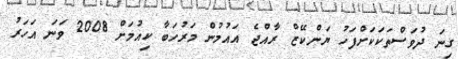
ގިނަ ދުވަސްތަކަކަށްފަހު ޔަންކޭޒް ރާއްޖެ އައުމުން މަރުހަބާ ކިއުމަށް 2008 ވަނަ އަހަރު